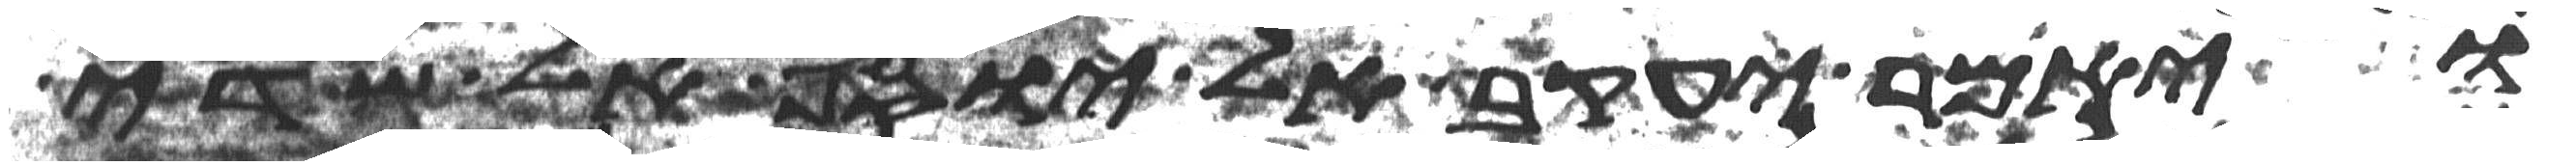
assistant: ויאמר יעקב אל יוסף אל שדי